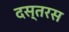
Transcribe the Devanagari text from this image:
दस्तरस